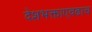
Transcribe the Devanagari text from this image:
देशभक्ताएवढाच